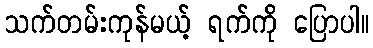
သက်တမ်းကုန်မယ့် ရက်ကို ပြောပါ။